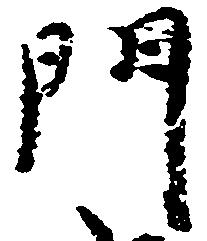
門